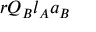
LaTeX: r Q _ { B } l _ { A } a _ { B }